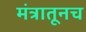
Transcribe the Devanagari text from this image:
मंत्रातूनच